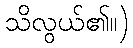
သိလွယ်၏။)